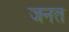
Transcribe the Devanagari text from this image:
जनत